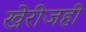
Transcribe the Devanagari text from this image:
खेरीजही